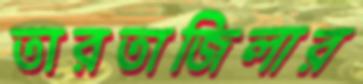
তারতাজিলার